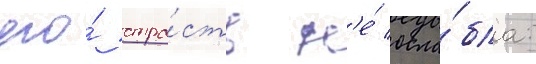
его́ стра́сть н'е́ осла́бла: